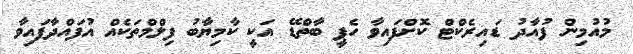
މުއުމިން ފުއާދު ޑައިރެކްޓް ކޮށްފައިވާ ހެޕީ ބާތްޑޭ އަކީ ކާމިޔާބު ފިލްމްތަކެއް އުފައްދާފައިވާ